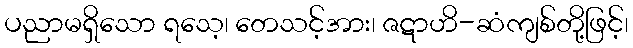
ပညာမရှိသော ရသေ့၊ တေသင့်အား၊ ဇဋာဟိ-ဆံကျစ်တို့ဖြင့်၊